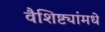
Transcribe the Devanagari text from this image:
वैशिष्ट्यांमधे